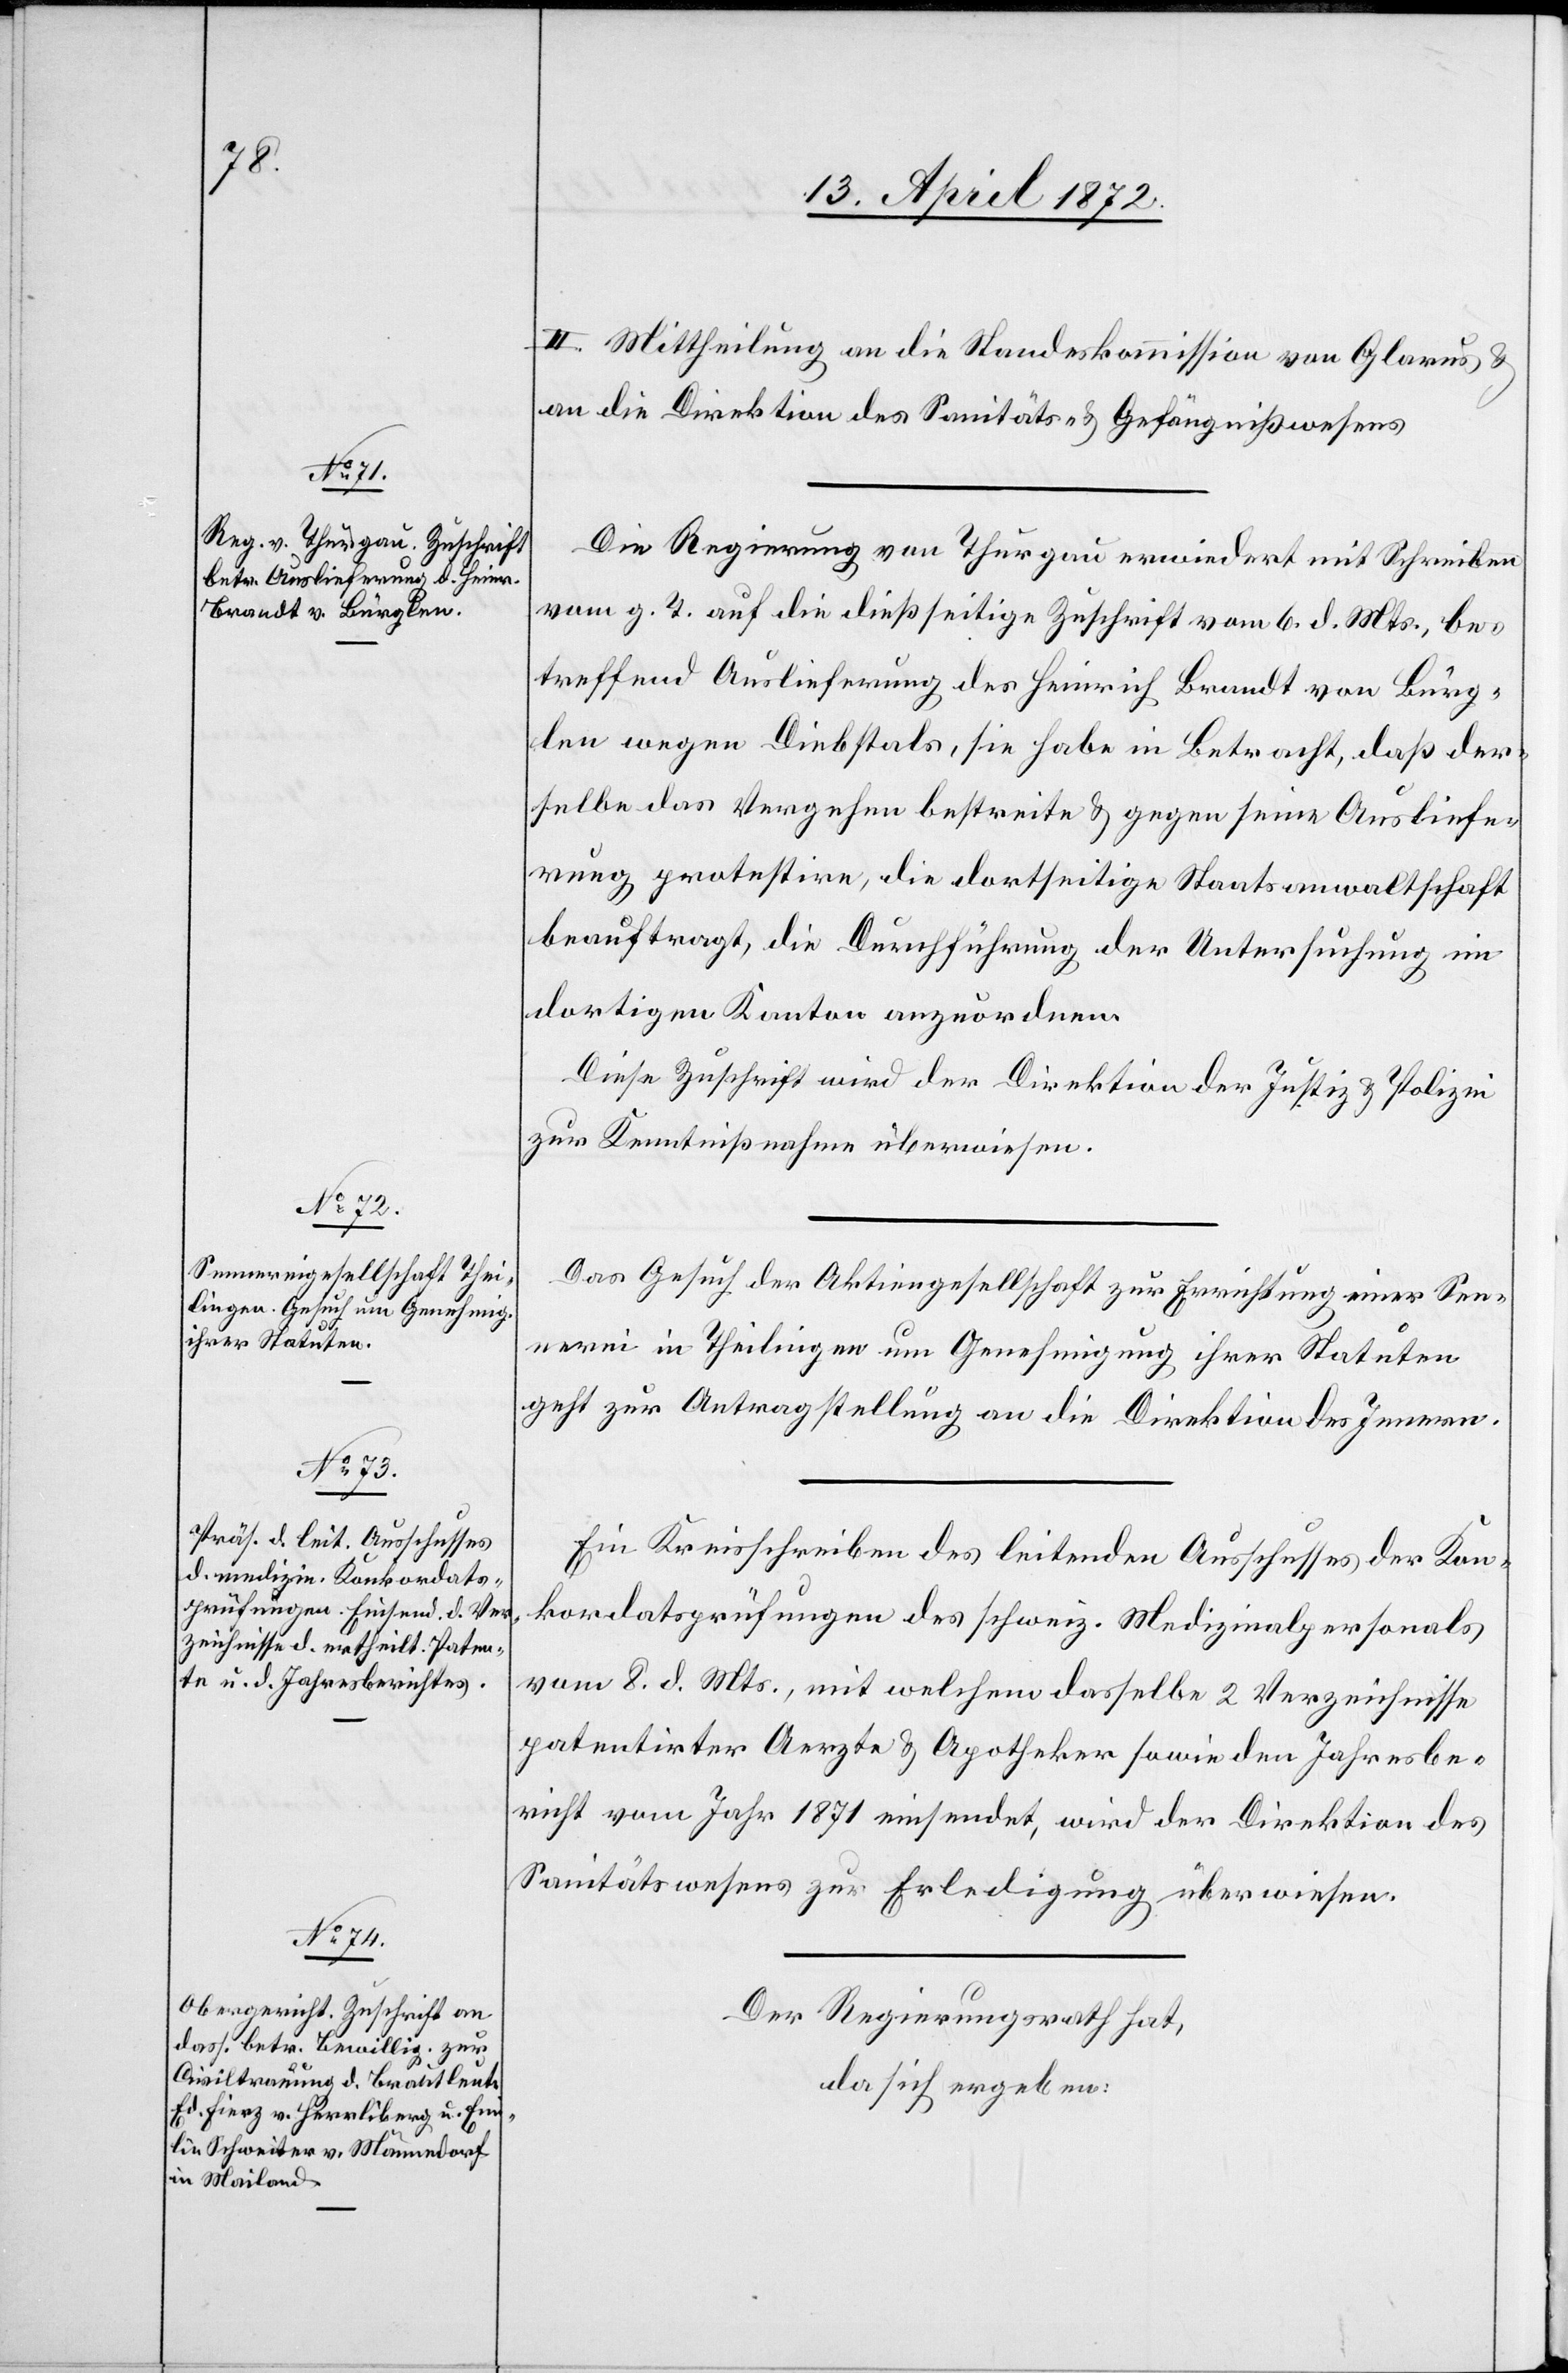
13. April 1872.]
II. Mittheilung an die Standeskommission von Glarus u.
an die Direktion des Sanitäts- u. Gefängnißwesens[.]
Die Regierung von Thurgau erwiedert mit Schreiben
vom g. T. auf die dießseitige Zuschrift vom 6. d. Mts., be¬
treffend Auslieferung des Heinrich Brandt von Bürg¬
len wegen Diebstal, sie habe in Betracht, daß der¬
selbe das Vergehen bestreite u. gegen seine Ausliefe¬
rung protestire, die dortseitige Staatsanwaltschaft
beauftragt, die Durchführung der Untersuchung im
dortigen Kanton anzuordnen.
Diese Zuschrift wird der Direktion der Justiz u. Polizei
zur Kenntnißnahme überwiesen.
Das Gesuch der Aktiengesellschaft zur Errichtung einer Sen¬
nerei in Theilingen um Genehmigung ihrer Statuten
geht zur Antragstellung an die Direktion des Innern.
Ein Kreisschreiben des leitenden Ausschusses der Kon¬
kordatsprüfungen des schweiz. Medizinalpersonals
vom 8. d. Mts., mit welchem dasselbe 2 Verzeichnisse
patentirter Aerzte u. Apotheker sowie den Jahresbe¬
richt vom Jahr 1871 einsendet, wird der Direktion des
Gefängnißwesens zur Erledigung überwiesen.
Der Regierungsrath hat,
da sich ergeben: